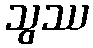
သွဿ